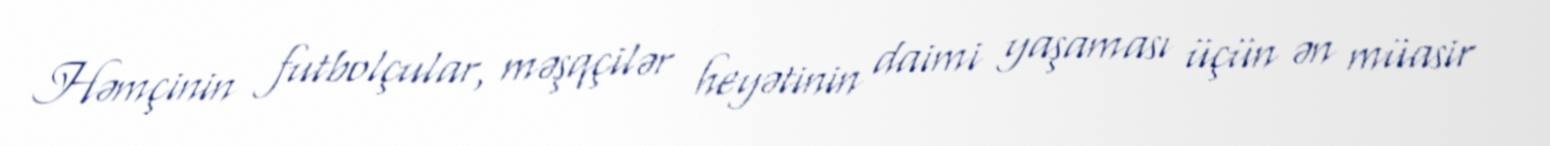
Həmçinin futbolçular, məşqçilər heyətinin daimi yaşaması üçün ən müasir